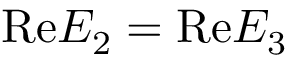
\mathrm { R e } E _ { 2 } = \mathrm { R e } E _ { 3 }